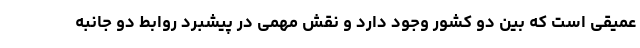
عمیقی است که بین دو کشور وجود دارد و نقش مهمی در پیشبرد روابط دو جانبه